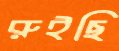
রুইছি